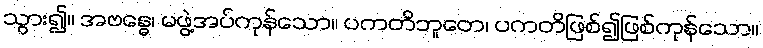
သွား၍။ အဗန္ဓေ၊ မဖွဲ့အပ်ကုန်သော။ ပကတိဘူတေ၊ ပကတိဖြစ်၍ဖြစ်ကုန်သော။